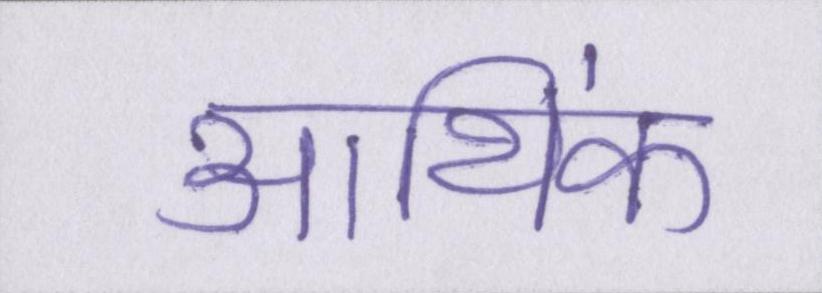
आथि॑क